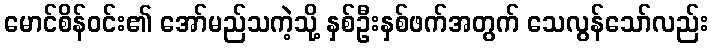
မောင်စိန်ဝင်း၏ အော်မည်သကဲ့သို့ နှစ်ဦးနှစ်ဖက်အတွက် သေလွန်သော်လည်း